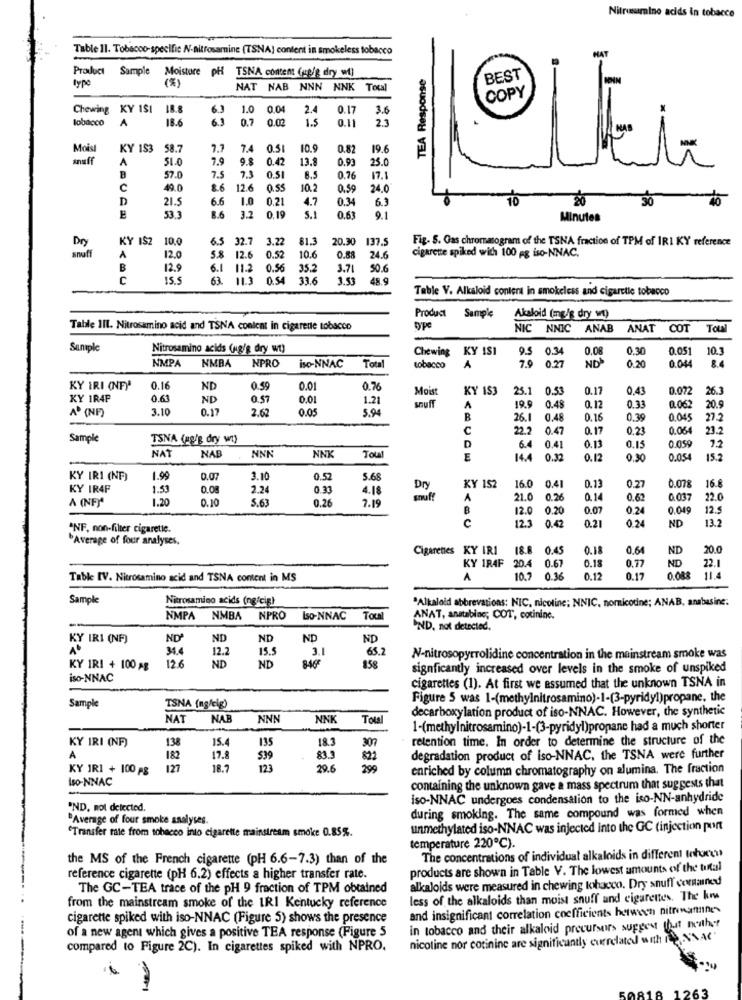
Nitrussamino acids in tobacco
Table 11. Tobacco-specific N-nitrosaminc (TSNA) content in smokeless tobacco
HAT
Product
Sample Moisture pH TSNA content (up/g dry wt)
TEA Response
type
(%)
NAT NAB NNN NNK Tocal
Chewing
KY 1SI 18.8
1.0
0.04
2.4
0.17
3.6
tobacco
A
18.6
6.3
6.3
0.7
0.02
1.5
0.11
2.3
Moist
KY 183
58.7
7.7
7.4
0.51
10.9
0.82
19.6
snuff
A
51.0
7.9
9.8
0.42
13.8
0.93
25.0
7.5
B
57.0
7.3
0.5
8.5
0.76
17.1
C
49.0
8.6
12.6
0.55
10.
0.59
24.0
D
21.5
6.6
1.0
0.21
4.7
0.34
6.3
10
30
53.
B.6
3.2
0,19
5.1
0.63
9.1
Minutes
KY IS2
10.0
6.5
32.7
3.22
81.3
20.30
137.5
Fig. 5. Gas chromatogram of the TSNA fraction of TPM of IRI KY reference
Dry
anoff
12.6
cigarette spiked with 100 ag iso-NNAC.
A
12.0
0.52
10.6
0.88
24.6
B
12.9
6.1
11.2
0.56
35.2
3.71
50.6
C
15.5
63.
11.3
0.54
33.6
1.53
48.9
-
Table V. Alkaloid contera in smokeless and cigaretle tobacco
Product Sample
Alkaloid (mg/g dry vt)
Table III. Nitrosamino acid and TSNA content in cigarette tobacco
type
NIC NNIC ANAB ANAT COT
Total
Sample
Nitrosamino acids (ug/g dry wt)
Chewing
KY ISI
95
034
0.08
0.30
0.051
10.
NMPA
NMBA
NPRO
Total
0.20
0.044
84
iso-NNAC
tobacco
A
7.9
0.27
ND
KY IRI (NF)
0.16
ND
0.59
0.01
0.76
Moist
KY 1S3
25.1
0.53
0.17
0,43
0.072
26.3
KY 1R4P
0.63
ND
0.57
0.01
1.21
A (NF)
3.10
0.17
2.62
0.05
5.94
snuff
A
199
0.48
0.12
0.33
0.062
20.9
B
26.
0.48
0.16
0.39
0.045
27.2
C
22.2
0.47
0.17
0.23
0.06
23.2
Sample
TSNA (18/8 dry w)
0.059
NAT
NAB
NNI
Total
D
6.4
0.41
0.13
0.15
7.2
NNK
E
14.4
0.32
0.12
0.30
0.054
15.2
KY IRI (NF)
1.99
0.07
3.10
0.52
5.68
KY 152
16.8
KY IR4F
1.53
0.08
2.24
0.33
4.18
Dry
16.0
0.4
0.13
0.27
0.078
A (NF)
1.20
0.10
5.63
0.26
7.19
snuff
A
21.0
0.26
0.14
0.62
0.037
22.0
B
12.0
0.20
0.07
0.24
0.04
12.5
C
12.3
0.42
0.24
13.2
ANF, non-filter cigarette.
0.21
ND
"Average of four analyses.
Cigarenes KY IR1
18.6
0.45
0.18
0.64
ND
20.0
22.1
KY 1R4F
204
0.67
0.18
0.77
ND
Table IV. Nitrosamino acid and TSNA content in MS
A
10.7
0.36
0.12
0.17
0.088
11.4
Sample
Nitrosamino acids (ng/cig)
*Alkaloid abbrevations: NIC, nicoline; NNIC, nomicodine; ANAB, anabasine:
NMPA
NMBA NPRO
ISO-NNAC
Total
ANAT, anatabine; COT, cotininc.
IND, not detected.
KY IRI (NF)
NDª
ND
ND
ND
IND
31.4
12.2
15.5
3.1
65.2
12.6
N-nitrosopyrrolidine concentration in the mainstream smoke was
KY 1RI + 100 AB
ND
ND
858
signficantly increased over levels in the smoke of unspiked
iso-NNAC
cigarettes (1). At first we assumed that the unknown TSNA in
Sample
Figure 5 was 1-(methylnitrosamino)-1-(3-pyridyl)propane, the
TSNA (ng/cig)
decarboxylation product of iso-NNAC. However, the synthetic
NAT
NAB
NNN
NNK
TOU
1-(methylnitrosamino)-1-(3-pyridyl)propane had a much shorter
KY IRI (NF)
138
15.4
139
18.3
307
retention time. In order to determine the structure of the
A
182
17.8
539
83.3
821
degradation product of iso-NNAC, the TSNA were further
KY 1R1 + 100 -S
127
18.7
123
20.6
299
enriched by column chromatography on alumina. The fraction
Iso-NNAC
containing the unknown gave a mass spectrum that suggests that
iso-NNAC undergoes condensation to the iso-NN-anhydride
"ND, not detected.
during smoking. The same compound was formed when
"Average of four smoke analyses.
"Transfer rate from tobacco into cigarette mainstream smoke 0.85%.
unmethylated iso-NNAC was injected into the GC (injection pont
temperature 220℃).
the MS of the French cigarette (pH 6.6-7.3) than of the
The concentrations of individual alkaloids in different Inhoren
products are shown in Table V. The lowest amounts of the tural
reference cigarette (pH 6.2) effects a higher transfer rate.
The GC-TEA trace of the pH 9 fraction of TPM obtained
alkaloids were measured in chewing tobacco. Dry snuff contained
less of the alkaloids than moist snuff and cigarettes. The krw
from the mainstream smoke of the IRI Kentucky reference
and insignificant correlation coefficients between nitrimattine
cigarette spiked with iso-NNAC (Figure 5) shows the presence
of a new agent which gives a positive TEA response (Figure 5
in tobacco and their alkaloid precursors suggest that neither
nicotine nor cotinine are significantly currelated with INNAC
compared to Figure 2C). In cigarettes spiked with NPRO.
1263